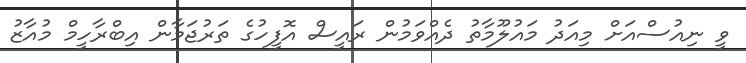
ވީ ނިއުސްއަށް މިއަދު މައުލޫމާތު ދެއްވަމުން ރައީސް އޮފީހުގެ ތަރުޖަމާން އިބްރާހީމް މުއާޒު